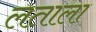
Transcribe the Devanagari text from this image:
लताला